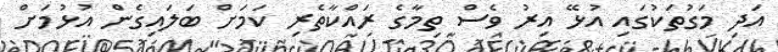
އަދި މަގުތަކުގައި އުޅޭ އިރު ވެސް ތިމާގެ ރައްކާތެރި ކަމަށް ބަލައިގެން އުޅުމަށް